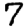
Digit: 7